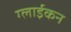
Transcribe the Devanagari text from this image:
ग्लाईकन